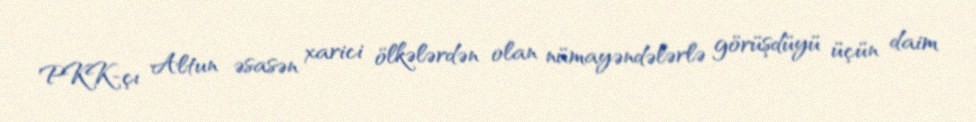
PKK-çı Altun əsasən xarici ölkələrdən olan nümayəndələrlə görüşdüyü üçün daim